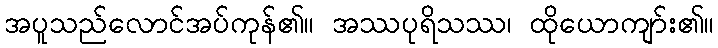
အပူသည်လောင်အပ်ကုန်၏။ အဿပုရိသဿ၊ ထိုယောကျာ်း၏။